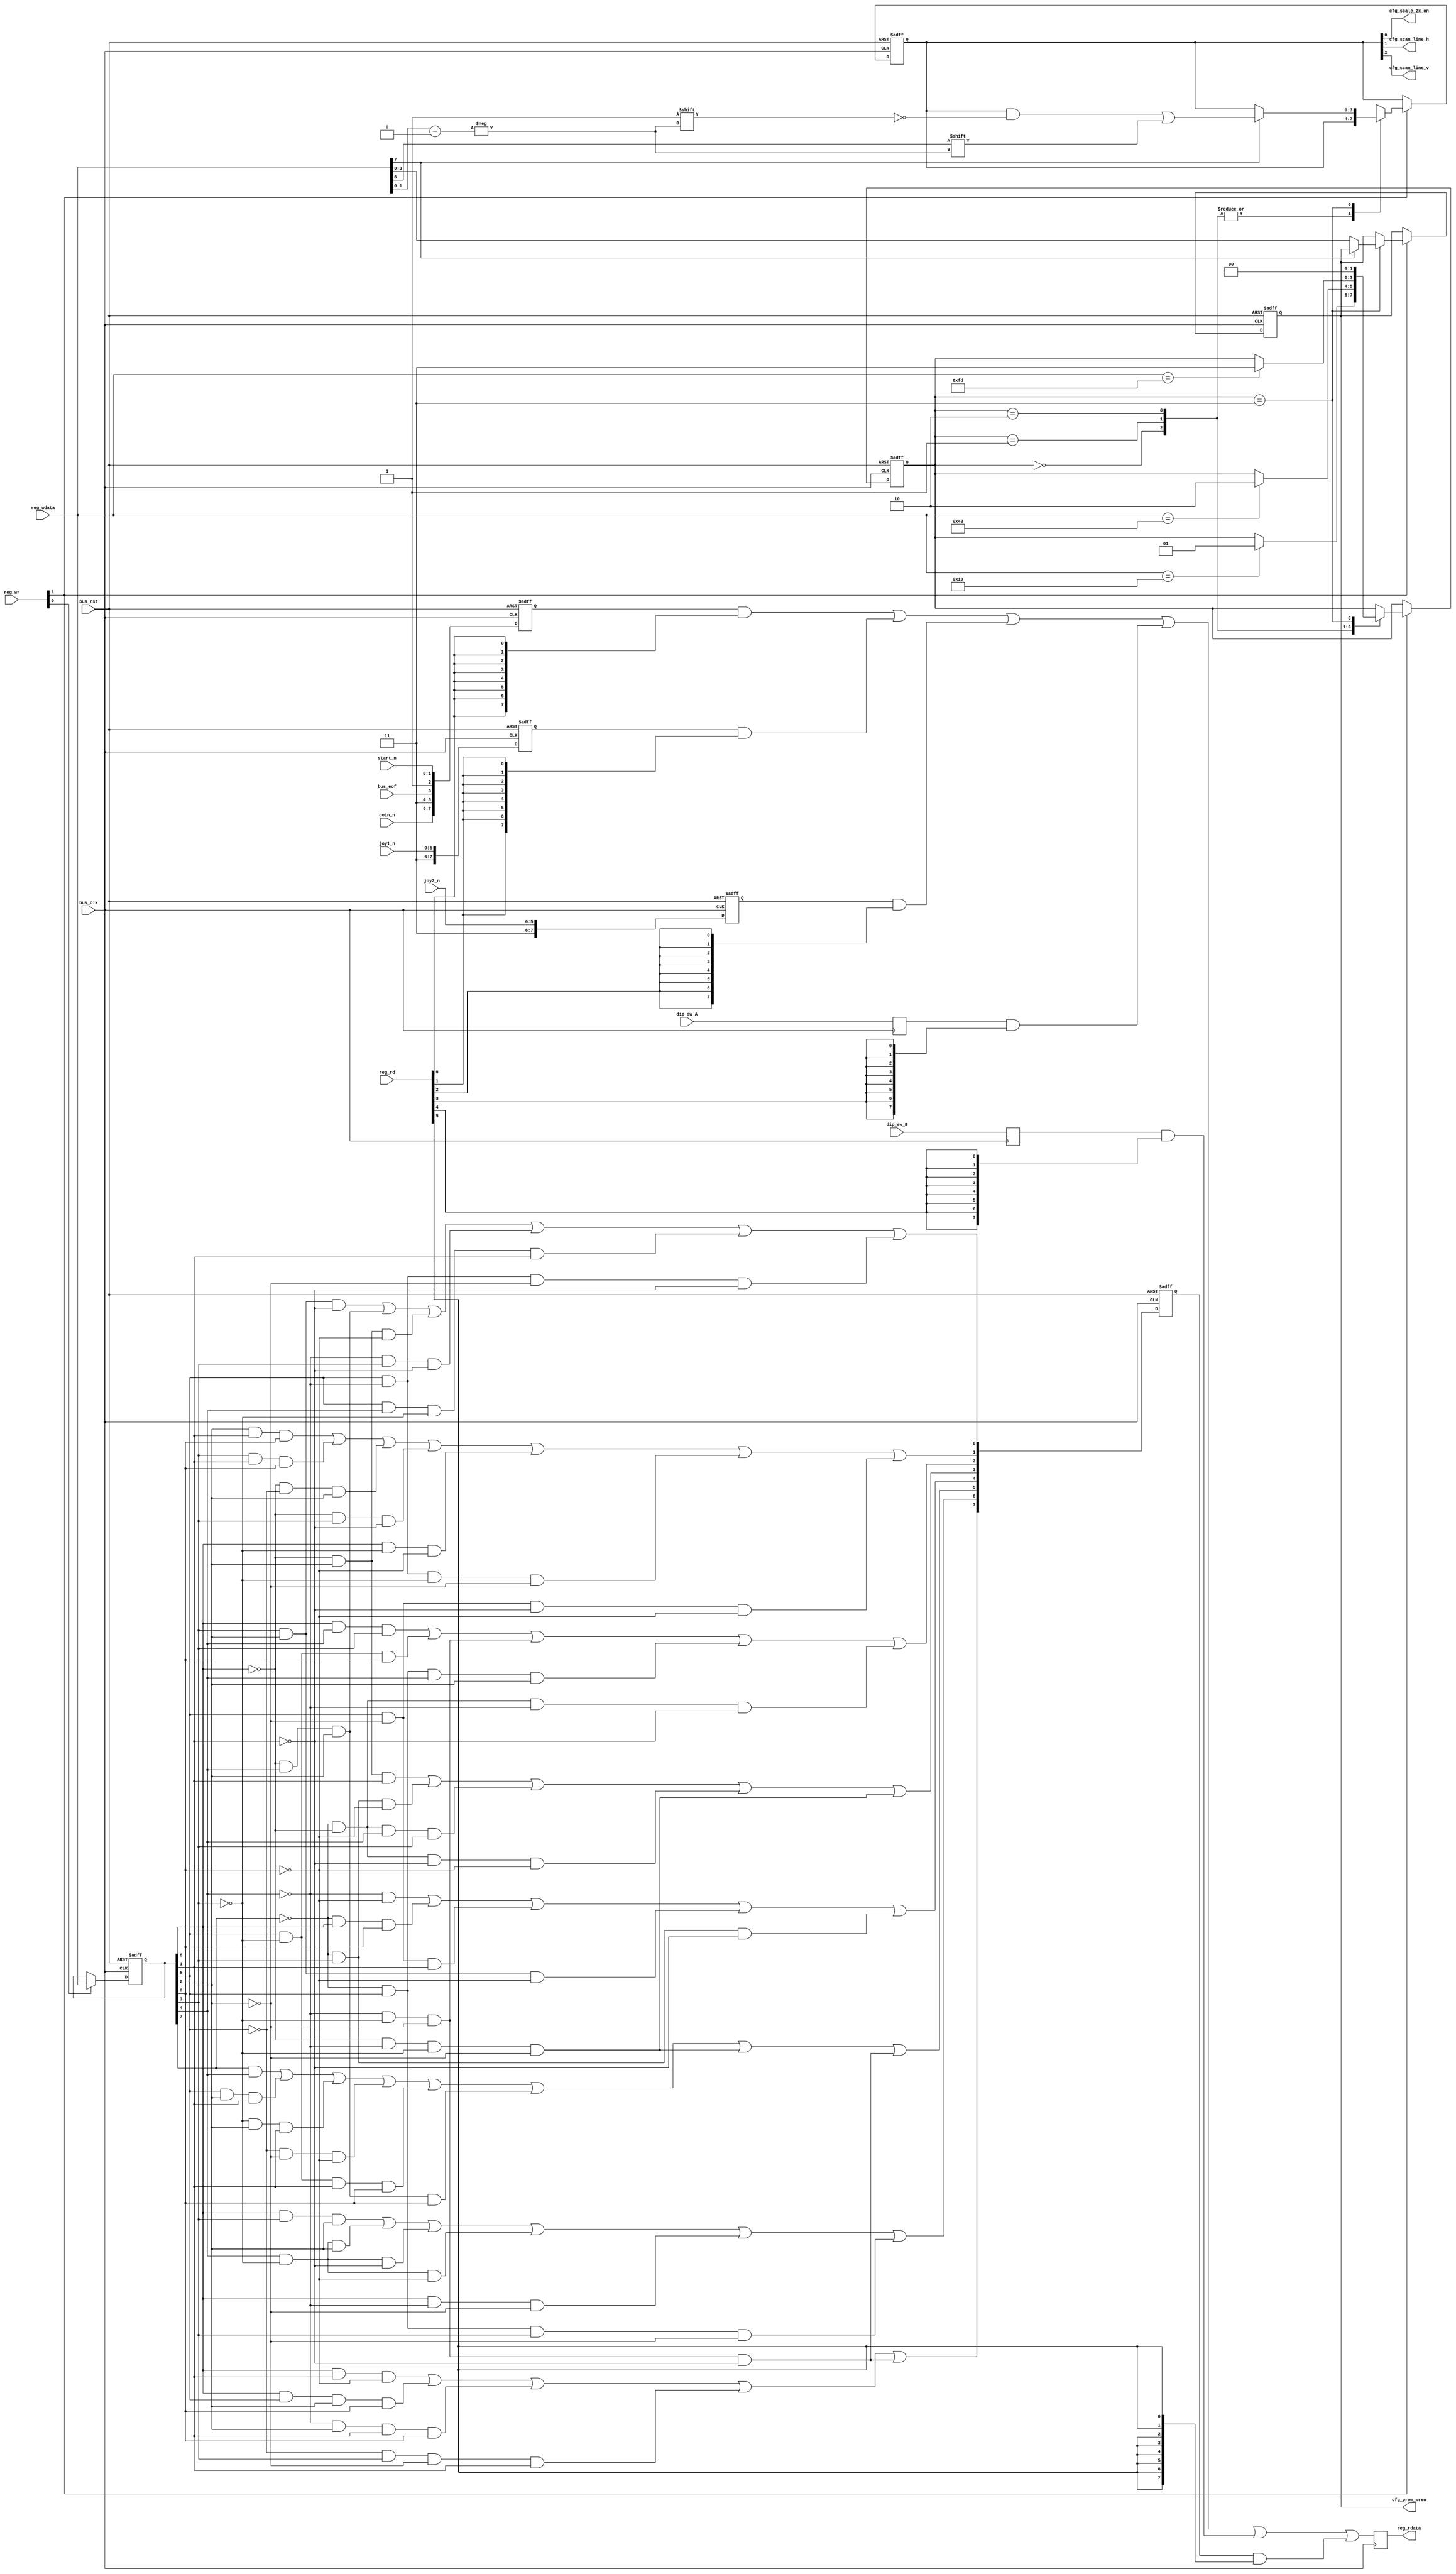
// Copyright 2008-2019 Frederic Requin
//
// This file is part of the 1943 FPGA core
//
// The 1943 FPGA core is free software; you can redistribute it and/or modify
// it under the terms of the GNU General Public License as published by
// the Free Software Foundation; either version 3 of the License, or
// (at your option) any later version.
//
// The 1943 FPGA core is distributed in the hope that it will be useful,
// but WITHOUT ANY WARRANTY; without even the implied warranty of
// MERCHANTABILITY or FITNESS FOR A PARTICULAR PURPOSE.  See the
// GNU General Public License for more details.
//
// You should have received a copy of the GNU General Public License
// along with this program.  If not, see <http://www.gnu.org/licenses/>.

module gpu_gpios
(
    input         bus_rst,
    input         bus_clk,
    
    input         bus_eof,
    
    input   [5:0] reg_rd,
    input   [1:0] reg_wr,
    
    input   [7:0] reg_wdata,
    output  [7:0] reg_rdata,
    
    input   [1:0] start_n,
    input   [1:0] coin_n,
    input   [5:0] joy1_n,
    input   [5:0] joy2_n,
    input   [7:0] dip_sw_A,
    input   [7:0] dip_sw_B,
    
    output        cfg_scale_2x_on,
    output        cfg_scan_line_h,
    output        cfg_scan_line_v,
    output  [3:0] cfg_prom_wren
);
    // ======================================================
    // Register $C000 (Start, Coin, VBL)
    // ======================================================
    
    reg [7:0] r_reg_C000;

    always@(posedge bus_rst or posedge bus_clk) begin : REG_C000
        if (bus_rst) begin
            r_reg_C000 <= 8'b11110111;
        end
        else begin
            r_reg_C000[0] <= start_n[0]; // Start #1
            r_reg_C000[1] <= start_n[1]; // Start #2
            r_reg_C000[2] <= 1'b1;
            r_reg_C000[3] <= bus_eof;    // VBL interrupt
            r_reg_C000[4] <= 1'b1;
            r_reg_C000[5] <= 1'b1;
            r_reg_C000[6] <= coin_n[0];  // Coin #1
            r_reg_C000[7] <= coin_n[1];  // Coin #2
        end
    end

    // ======================================================
    // Register $C001 (Joystick #1)
    // ======================================================
    
    reg [7:0] r_reg_C001;

    always@(posedge bus_rst or posedge bus_clk) begin : REG_C001
        if (bus_rst) begin
            r_reg_C001 <= 8'b11111111;
        end
        else begin
            r_reg_C001[0] <= joy1_n[0]; // Right
            r_reg_C001[1] <= joy1_n[1]; // Left
            r_reg_C001[2] <= joy1_n[2]; // Down
            r_reg_C001[3] <= joy1_n[3]; // Up
            r_reg_C001[4] <= joy1_n[4]; // Button #1
            r_reg_C001[5] <= joy1_n[5]; // Button #2
            r_reg_C001[6] <= 1'b1;
            r_reg_C001[7] <= 1'b1;
        end
    end
    
    // ======================================================
    // Register $C002 (Joystick #2)
    // ======================================================
    
    reg [7:0] r_reg_C002;

    always@(posedge bus_rst or posedge bus_clk) begin : REG_C002
        if (bus_rst) begin
            r_reg_C002 <= 8'b11111111;
        end
        else begin
            r_reg_C002[0] <= joy2_n[0]; // Right
            r_reg_C002[1] <= joy2_n[1]; // Left
            r_reg_C002[2] <= joy2_n[2]; // Down
            r_reg_C002[3] <= joy2_n[3]; // Up
            r_reg_C002[4] <= joy2_n[4]; // Button #1
            r_reg_C002[5] <= joy2_n[5]; // Button #2
            r_reg_C002[6] <= 1'b1;
            r_reg_C002[7] <= 1'b1;
        end
    end
    
    // ======================================================
    // Registers $C003 & $C004 (DIP switches)
    // ======================================================
    
    reg [7:0] r_reg_C003;
    reg [7:0] r_reg_C004;
    
    always@(posedge bus_clk) begin : REG_C003_C004
        r_reg_C003 <= dip_sw_A;
        r_reg_C004 <= dip_sw_B;
    end
    
    // ======================================================
    // Registers $C007 & $C807 (Security chip)
    // ======================================================
    
    reg [7:0] r_reg_C007;
    reg [7:0] r_reg_C807;
    
    always@(posedge bus_rst or posedge bus_clk) begin : REG_C007_C807
        if (bus_rst) begin
            r_reg_C007 <= 8'b00000000;
            r_reg_C807 <= 8'b00000000;
        end
        else begin
            // "Security" chip
            r_reg_C007[7] <=  r_reg_C807[6] &  r_reg_C807[1] & ~r_reg_C807[0]
                           |  r_reg_C807[6] &  r_reg_C807[5] &  r_reg_C807[2] &  r_reg_C807[0]
                           | ~r_reg_C807[4] &  r_reg_C807[2] &  r_reg_C807[1] &  r_reg_C807[0]
                           | ~r_reg_C807[5] &  r_reg_C807[3] & ~r_reg_C807[2] &  r_reg_C807[1]
                           | ~r_reg_C807[4] & ~r_reg_C807[3] & ~r_reg_C807[2] & ~r_reg_C807[1];
            r_reg_C007[6] <=  r_reg_C807[6] &  r_reg_C807[3] &  r_reg_C807[2]
                           |  r_reg_C807[4] & ~r_reg_C807[3] &  r_reg_C807[2]
                           |  r_reg_C807[4] & ~r_reg_C807[3] & ~r_reg_C807[1]
                           |  r_reg_C807[4] & ~r_reg_C807[3] & ~r_reg_C807[0]
                           |  r_reg_C807[6] & ~r_reg_C807[4] & ~r_reg_C807[2]
                           | ~r_reg_C807[7] &  r_reg_C807[5] &  r_reg_C807[3] & ~r_reg_C807[2];
            r_reg_C007[5] <=  r_reg_C807[7] &  r_reg_C807[4]
                           |  r_reg_C807[5] &  r_reg_C807[2] &  r_reg_C807[1]
                           | ~r_reg_C807[3] &  r_reg_C807[2] &  r_reg_C807[1]
                           | ~r_reg_C807[5] & ~r_reg_C807[2] & ~r_reg_C807[0]
                           |  r_reg_C807[5] & ~r_reg_C807[3] &  r_reg_C807[1] &  r_reg_C807[0]
                           | ~r_reg_C807[6] &  r_reg_C807[4] &  r_reg_C807[2] &  r_reg_C807[0]
                           | ~r_reg_C807[6] & ~r_reg_C807[4] & ~r_reg_C807[3] & ~r_reg_C807[2]
                           | ~r_reg_C807[4] & ~r_reg_C807[3] & ~r_reg_C807[2] & ~r_reg_C807[1];
            r_reg_C007[4] <= ~r_reg_C807[4] & ~r_reg_C807[0]
                           | ~r_reg_C807[7] &  r_reg_C807[6] &  r_reg_C807[0]
                           |  r_reg_C807[5] & ~r_reg_C807[2] &  r_reg_C807[1]
                           |  r_reg_C807[3] &  r_reg_C807[2] & ~r_reg_C807[0]
                           | ~r_reg_C807[7] &  r_reg_C807[3] & ~r_reg_C807[1];
            r_reg_C007[3] <= ~r_reg_C807[6] &  r_reg_C807[2] &  r_reg_C807[1]
                           | ~r_reg_C807[7] &  r_reg_C807[3] & ~r_reg_C807[0]
                           | ~r_reg_C807[7] & ~r_reg_C807[6] &  r_reg_C807[4] &  r_reg_C807[3]
                           | ~r_reg_C807[7] & ~r_reg_C807[6] & ~r_reg_C807[1] & ~r_reg_C807[0]
                           | ~r_reg_C807[6] & ~r_reg_C807[4] & ~r_reg_C807[3] & ~r_reg_C807[2];
            r_reg_C007[2] <=  r_reg_C807[6] &  r_reg_C807[4] &  r_reg_C807[3]
                           |  r_reg_C807[5] & ~r_reg_C807[3] &  r_reg_C807[0]
                           | ~r_reg_C807[4] & ~r_reg_C807[3] & ~r_reg_C807[2]
                           | ~r_reg_C807[7] &  r_reg_C807[5] &  r_reg_C807[4] &  r_reg_C807[2]
                           | ~r_reg_C807[7] & ~r_reg_C807[6] & ~r_reg_C807[4] & ~r_reg_C807[1];
            r_reg_C007[1] <=  r_reg_C807[2] &  r_reg_C807[1] &  r_reg_C807[0]
                           |  r_reg_C807[3] &  r_reg_C807[1] &  r_reg_C807[0]
                           | ~r_reg_C807[6] & ~r_reg_C807[5] &  r_reg_C807[2]
                           | ~r_reg_C807[6] &  r_reg_C807[3] & ~r_reg_C807[1]
                           |  r_reg_C807[6] & ~r_reg_C807[3] & ~r_reg_C807[0]
                           |  r_reg_C807[5] & ~r_reg_C807[4] & ~r_reg_C807[3] & ~r_reg_C807[2]
                           |  r_reg_C807[5] & ~r_reg_C807[2] & ~r_reg_C807[1] & ~r_reg_C807[0];
            r_reg_C007[0] <=  r_reg_C807[3] &  r_reg_C807[2] & ~r_reg_C807[1]
                           | ~r_reg_C807[6] &  r_reg_C807[4] &  r_reg_C807[2]
                           | ~r_reg_C807[6] &  r_reg_C807[2] & ~r_reg_C807[0]
                           | ~r_reg_C807[4] &  r_reg_C807[3] & ~r_reg_C807[1]
                           |  r_reg_C807[5] &  r_reg_C807[4] & ~r_reg_C807[3] &  r_reg_C807[1]
                           |  r_reg_C807[5] & ~r_reg_C807[4] & ~r_reg_C807[2] & ~r_reg_C807[1];
            
            if (reg_wr[0])
               r_reg_C807 <= reg_wdata;
        end
    end
    
    // ======================================================
    // Read multiplexer
    // ======================================================
    
    reg [7:0] r_reg_rdata;
    
    always@(posedge bus_clk) begin : READ_MUX
        r_reg_rdata <= r_reg_C000 & {8{reg_rd[0]}}
                     | r_reg_C001 & {8{reg_rd[1]}}
                     | r_reg_C002 & {8{reg_rd[2]}}
                     | r_reg_C003 & {8{reg_rd[3]}}
                     | r_reg_C004 & {8{reg_rd[4]}}
                     | r_reg_C007 & {8{reg_rd[5]}};
    end
    
    assign reg_rdata = r_reg_rdata;
    
    // ======================================================
    // Special register
    // ======================================================
    
    reg [1:0] r_cfg_fsm;
    reg [3:0] r_cfg_reg;
    reg [3:0] r_cfg_wren;
    
    always@(posedge bus_rst or posedge bus_clk) begin : REG_SPECIAL
        if (bus_rst) begin
            r_cfg_fsm  <= 2'd0;
            r_cfg_reg  <= 4'b0100;
            r_cfg_wren <= 4'd0;
        end
        else begin
            if (reg_wr[1]) begin
                case (r_cfg_fsm)
                    2'd0 : if (reg_wdata == 8'h19) r_cfg_fsm <= 2'd1;
                    2'd1 : if (reg_wdata == 8'h43) r_cfg_fsm <= 2'd2;
                    2'd2 : if (reg_wdata == 8'hFD) r_cfg_fsm <= 2'd3;
                    2'd3 : begin
                        if (reg_wdata[7])
                            r_cfg_reg[reg_wdata[1:0]] <= reg_wdata[6];
                        else
                            r_cfg_wren <= reg_wdata[3:0];
                        r_cfg_fsm <= 2'd0;
                    end
                endcase
            end
        end
    end
    
    assign cfg_scale_2x_on = r_cfg_reg[0];
    assign cfg_scan_line_h = r_cfg_reg[1];
    assign cfg_scan_line_v = r_cfg_reg[2];
    
    assign cfg_prom_wren   = r_cfg_wren;
    
    // ======================================================
    
endmodule